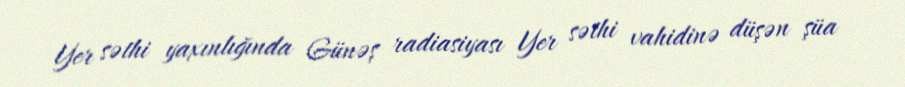
Yer səthi yaxınlığında Günəş radiasiyası Yer səthi vahidinə düşən şüa